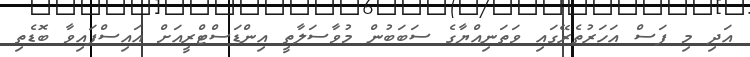
އަދި މި ފަސް އަހަރުތެރޭގައި ވަތަނިއްޔާގެ ސަބަބުން މުވާސަލާތީ އިންޑަސްޓްރީއަށް އައިސްފައިވާ ބޮޑެތި